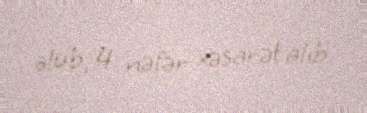
ölüb, 4 nəfər xəsarət alıb.